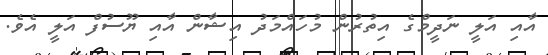
އާއި އަލީ ނަދީމްގެ އިތުރުން މުހައްމަދު އިޝާން އާއި ޔޫސުފް އަލީ އެވެ.